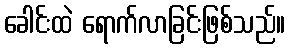
ခေါင်းထဲ ရောက်လာခြင်းဖြစ်သည်။